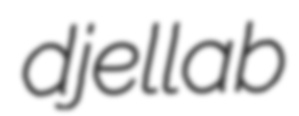
djellab